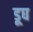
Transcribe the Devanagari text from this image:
डूघ